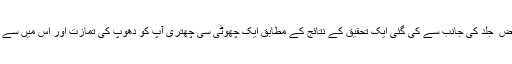
امریکہ میں ایک یونیورسٹی میں ماہرین ِ امراض ِ جلد کی جانب سے کی گئی ایک تحقیق کے نتائج کے مطابق ایک چھوٹی سی چھتری آپ کو دھوپ کی تمازت اور اس میں سے نکلتی مضر شعاعوں سے محفوظ رکھتی ہے۔